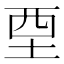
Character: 垔